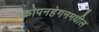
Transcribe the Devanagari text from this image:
कोपनहेगनमधील